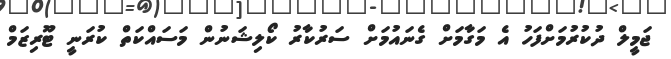
ޖަމީލް ދުކުރުމަށްފަހު އެ މަގާމަށް ގެނައުމަށް ސަރުކާރު ކޯލިޝަނުން މަސައްކަތް ކުރަނީ ޓޫރިޒަމް